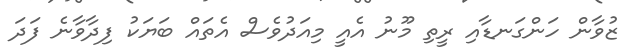
ޒުވާން ހަންގަނޑާއި ރީތި މޫނު އެއީ މިއަދުވެސް އެތައް ބަޔަކު ފިދާވާނެ ފަދަ